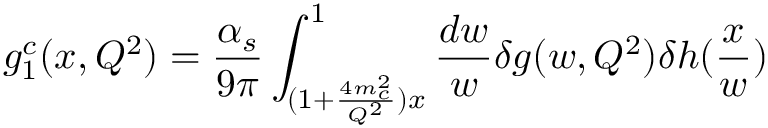
g _ { 1 } ^ { c } ( x , Q ^ { 2 } ) = { \frac { \alpha _ { s } } { 9 \pi } } \int _ { ( 1 + { \frac { 4 m _ { c } ^ { 2 } } { Q ^ { 2 } } } ) x } ^ { 1 } { \frac { d w } { w } } \delta g ( w , Q ^ { 2 } ) \delta h ( { \frac { x } { w } } )